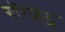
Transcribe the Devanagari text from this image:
गॉरफ्रेट्स